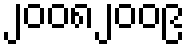
၂၀၀၈၂၀၀၉